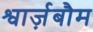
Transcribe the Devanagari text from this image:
श्वार्ज़बौम